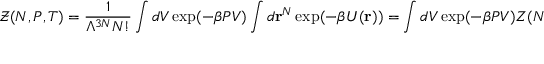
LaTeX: { \mathcal { Z } } ( N , P , T ) = { \frac { 1 } { \Lambda ^ { 3 N } N ! } } \int d V \exp ( - \beta P V ) \int d \mathbf { r } ^ { N } \exp ( - \beta U ( \mathbf { r } ) ) = \int d V \exp ( - \beta P V ) Z ( N , V , T )